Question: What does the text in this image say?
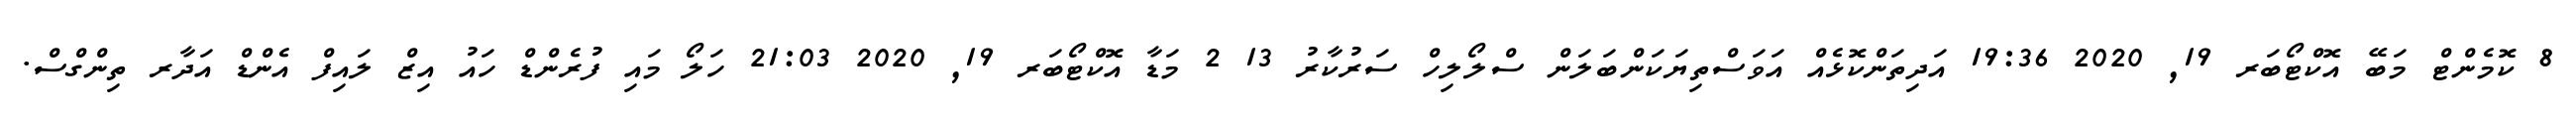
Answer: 8 ކޮމެންޓް މަބޭ އޮކްޓޯބަރ 19, 2020 19:36 އަދިތަންކޮޅެއް އަވަސްތިޔަކަންބަލަން ސްލޯލިހް ސަރުކާރު 13 2 މަޑާ އޮކްޓޯބަރ 19, 2020 21:03 ހަލޯ މައި ފުރެންޑް ހައު އިޒް ލައިފް އެންޑް އަދާރ ތިންގްސް.